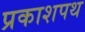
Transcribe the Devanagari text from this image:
प्रकाशपथ